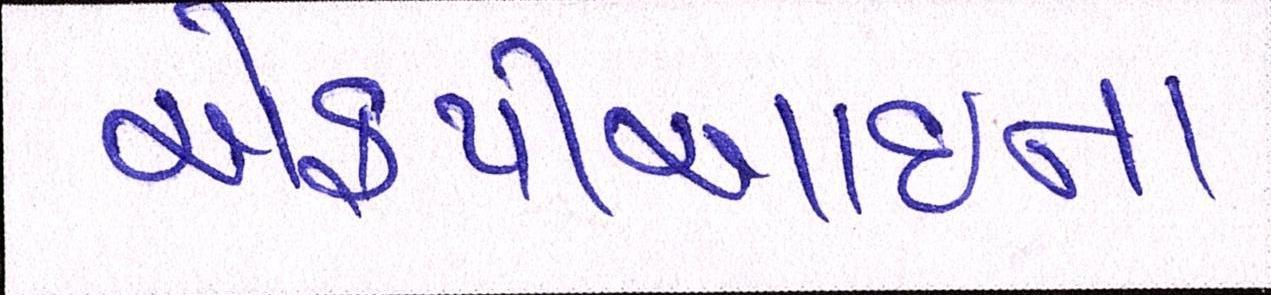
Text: એફપીઆઇના